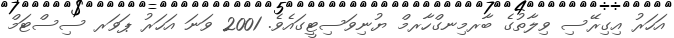
އަހަރު އިގިރޭސި ވިލާތުގެ ބާރމިނގްހާރމް ޔުނިވަސިޓީގައެވެ. 2001 ވަނަ އަހަރު ޕަވަރ ސިސްޓަމް